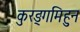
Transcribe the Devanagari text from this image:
कुरङ्गमिहुन